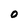
Character: 0